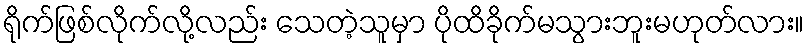
ရိုက်ဖြစ်လိုက်လို့လည်း သေတဲ့သူမှာ ပိုထိခိုက်မသွားဘူးမဟုတ်လား။